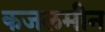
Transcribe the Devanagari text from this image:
कजलमीन